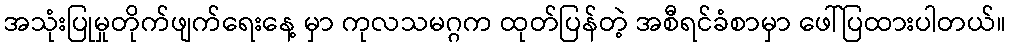
အသုံးပြုမှုတိုက်ဖျက်ရေးနေ့ မှာ ကုလသမဂ္ဂက ထုတ်ပြန်တဲ့ အစီရင်ခံစာမှာ ဖေါ်ပြထားပါတယ်။